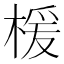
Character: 楥